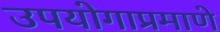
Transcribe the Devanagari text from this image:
उपयोगाप्रमाणे